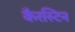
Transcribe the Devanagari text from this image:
कैरस्टिन